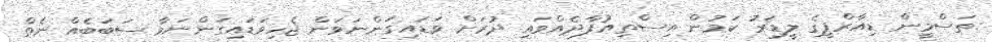
ތަސްމީން ޑިއާރްޕީގެ ލީޑަރު ކަމުން އިސްތިއުފާދެއްވައި ދުރަށް ވަޑައިގަންނަވަން ޖެހިވަޑައިގަންނަވާ ސަބަބެއް ނެތް